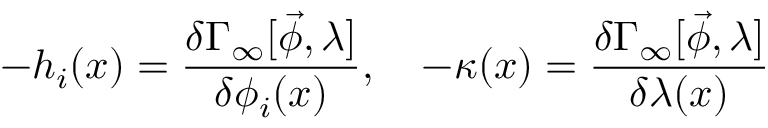
- h _ { i } ( x ) = \frac { \delta \Gamma _ { \infty } [ \vec { \phi } , \lambda ] } { \delta \phi _ { i } ( x ) } , \quad - \kappa ( x ) = \frac { \delta \Gamma _ { \infty } [ \vec { \phi } , \lambda ] } { \delta \lambda ( x ) }